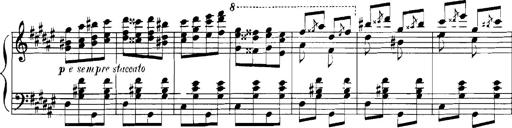
Title: Rhapsodies hongroises
Composer: Franz Liszt